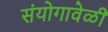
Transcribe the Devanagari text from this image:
संयोगावेळी